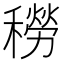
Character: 𥢒